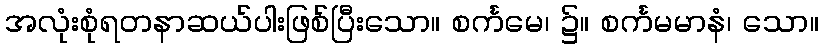
အလုံးစုံရတနာဆယ်ပါးဖြစ်ပြီးသော။ စင်္ကမေ၊ ၌။ စင်္ကမမာနံ၊ သော။